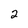
Character: 2